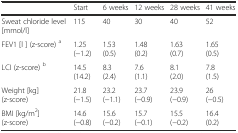
|  | Start | 6 weeks | 12 weeks | 28 weeks | 41 weeks |
 | --- | --- | --- | --- | --- | --- |
 | Sweat chloride level [mmol/l] | 115 | 40 | 30 | 40 | 52 |
 | FEV1 [l ] (z-score) a | 1.25 (−1.2) | 1.53 (0.5) | 1.48 (0.2) | 1.63 (0.7) | 1.65 (0.5) |
 | LCI (z-score) b | 14.5 (14.2) | 8.3 (2.4) | 7.6 (1.1) | 8.1 (2.0) | 7.8 (1.5) |
 | Weight [kg] (z-score) | 21.8 (−1.5) | 23.2 (−1.1) | 23.7 (−0.9) | 23.9 (−0.9) | 26 (−0.5) |
 | BMI [kg/m2] (z-score) | 14.6 (−0.8) | 15.6 (−0.2) | 15.7 (−0.1) | 15.5 (−0.2) | 16.4 (0.2) |